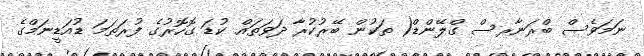
ނަމަވެސް ބްރަނާރސް ގްލޭންޑް( ތަކުން ބޭރުކުރާ ދަވަތައް ކުޑަ ގޮހޮރުގެ ފުރަތަމަ ޑުއަޑީނަމްގެ